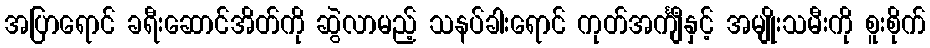
အပြာရောင် ခရီးဆောင်အိတ်ကို ဆွဲလာမည့် သနပ်ခါးရောင် ကုတ်အင်္ကျီနှင့် အမျိုးသမီးကို စူးစိုက်